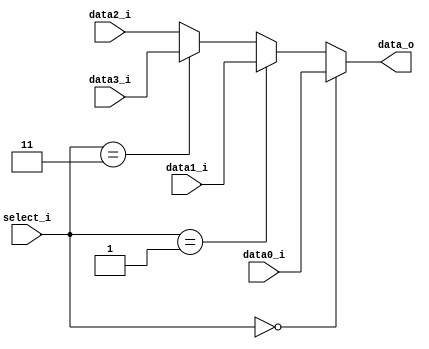
module Mux4to1( data0_i, data1_i, data2_i, data3_i, select_i, data_o );

parameter size = 0;			   
			
//I/O ports               
input wire	[size-1:0] data0_i;          
input wire	[size-1:0] data1_i;
input wire	[size-1:0] data2_i;
input wire	[size-1:0] data3_i;
input wire	[2-1:0] select_i;
output wire	[size-1:0] data_o; 

//Main function
/*your code here*/


assign data_o = (select_i == 2'b0)? data0_i:
				(select_i == 2'b01)? data1_i:
				(select_i == 2'b11)? data3_i:
				data2_i;

endmodule